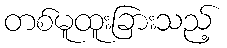
တစ်မူထူးခြားသည့်